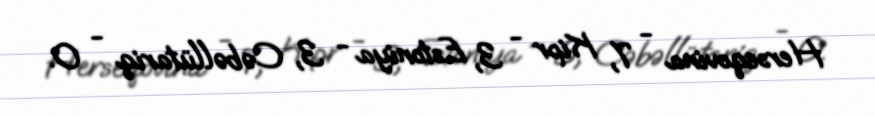
Herseqovina - 7, Kipr - 3, Estoniya - 3, Cəbəllütariq - 0.